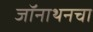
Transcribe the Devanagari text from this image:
जॉनाथनचा